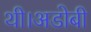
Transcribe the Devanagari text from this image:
थी।अडोबी